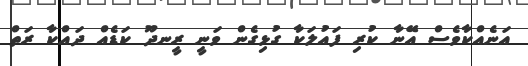
އަނެއްކާވެސް އޭނާ ކުރި ފައުލަކާ ގުޅިގެން ވަނީ ރީނދޫ ކަޑެއް ދައްކާ ރަތް